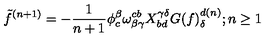
\tilde { f } ^ { ( n + 1 ) } = - { \frac { 1 } { n + 1 } } \phi _ { c } ^ { \beta } \omega _ { \beta \gamma } ^ { c b } X _ { b d } ^ { \gamma \delta } G ( f ) _ { \delta } ^ { d ( n ) } ; n \ge 1